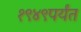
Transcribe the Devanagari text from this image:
१९४९पर्यंत